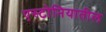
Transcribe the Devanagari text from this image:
एस्टोनियातील